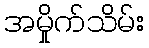
အမှိုက်သိမ်း